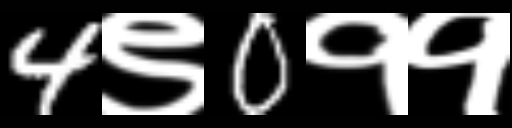
Text: 4९0११